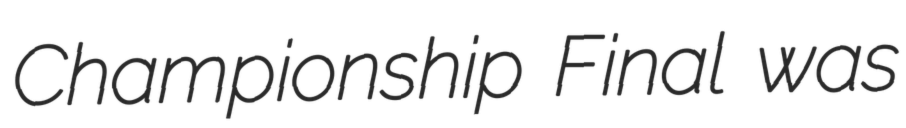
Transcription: Championship Final was